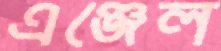
এঞ্জেল